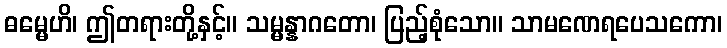
ဓမ္မေဟိ၊ ဤတရားတို့နှင့်။ သမ္မန္နာဂတော၊ ပြည့်စုံသော။ သာမဏေရပေသကော၊